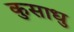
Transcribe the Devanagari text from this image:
कुसाधु